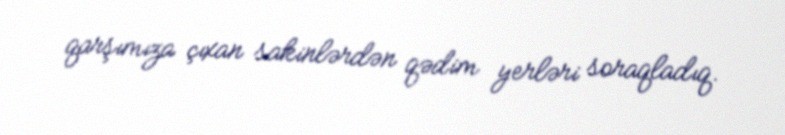
qarşımıza çıxan sakinlərdən qədim yerləri soraqladıq.